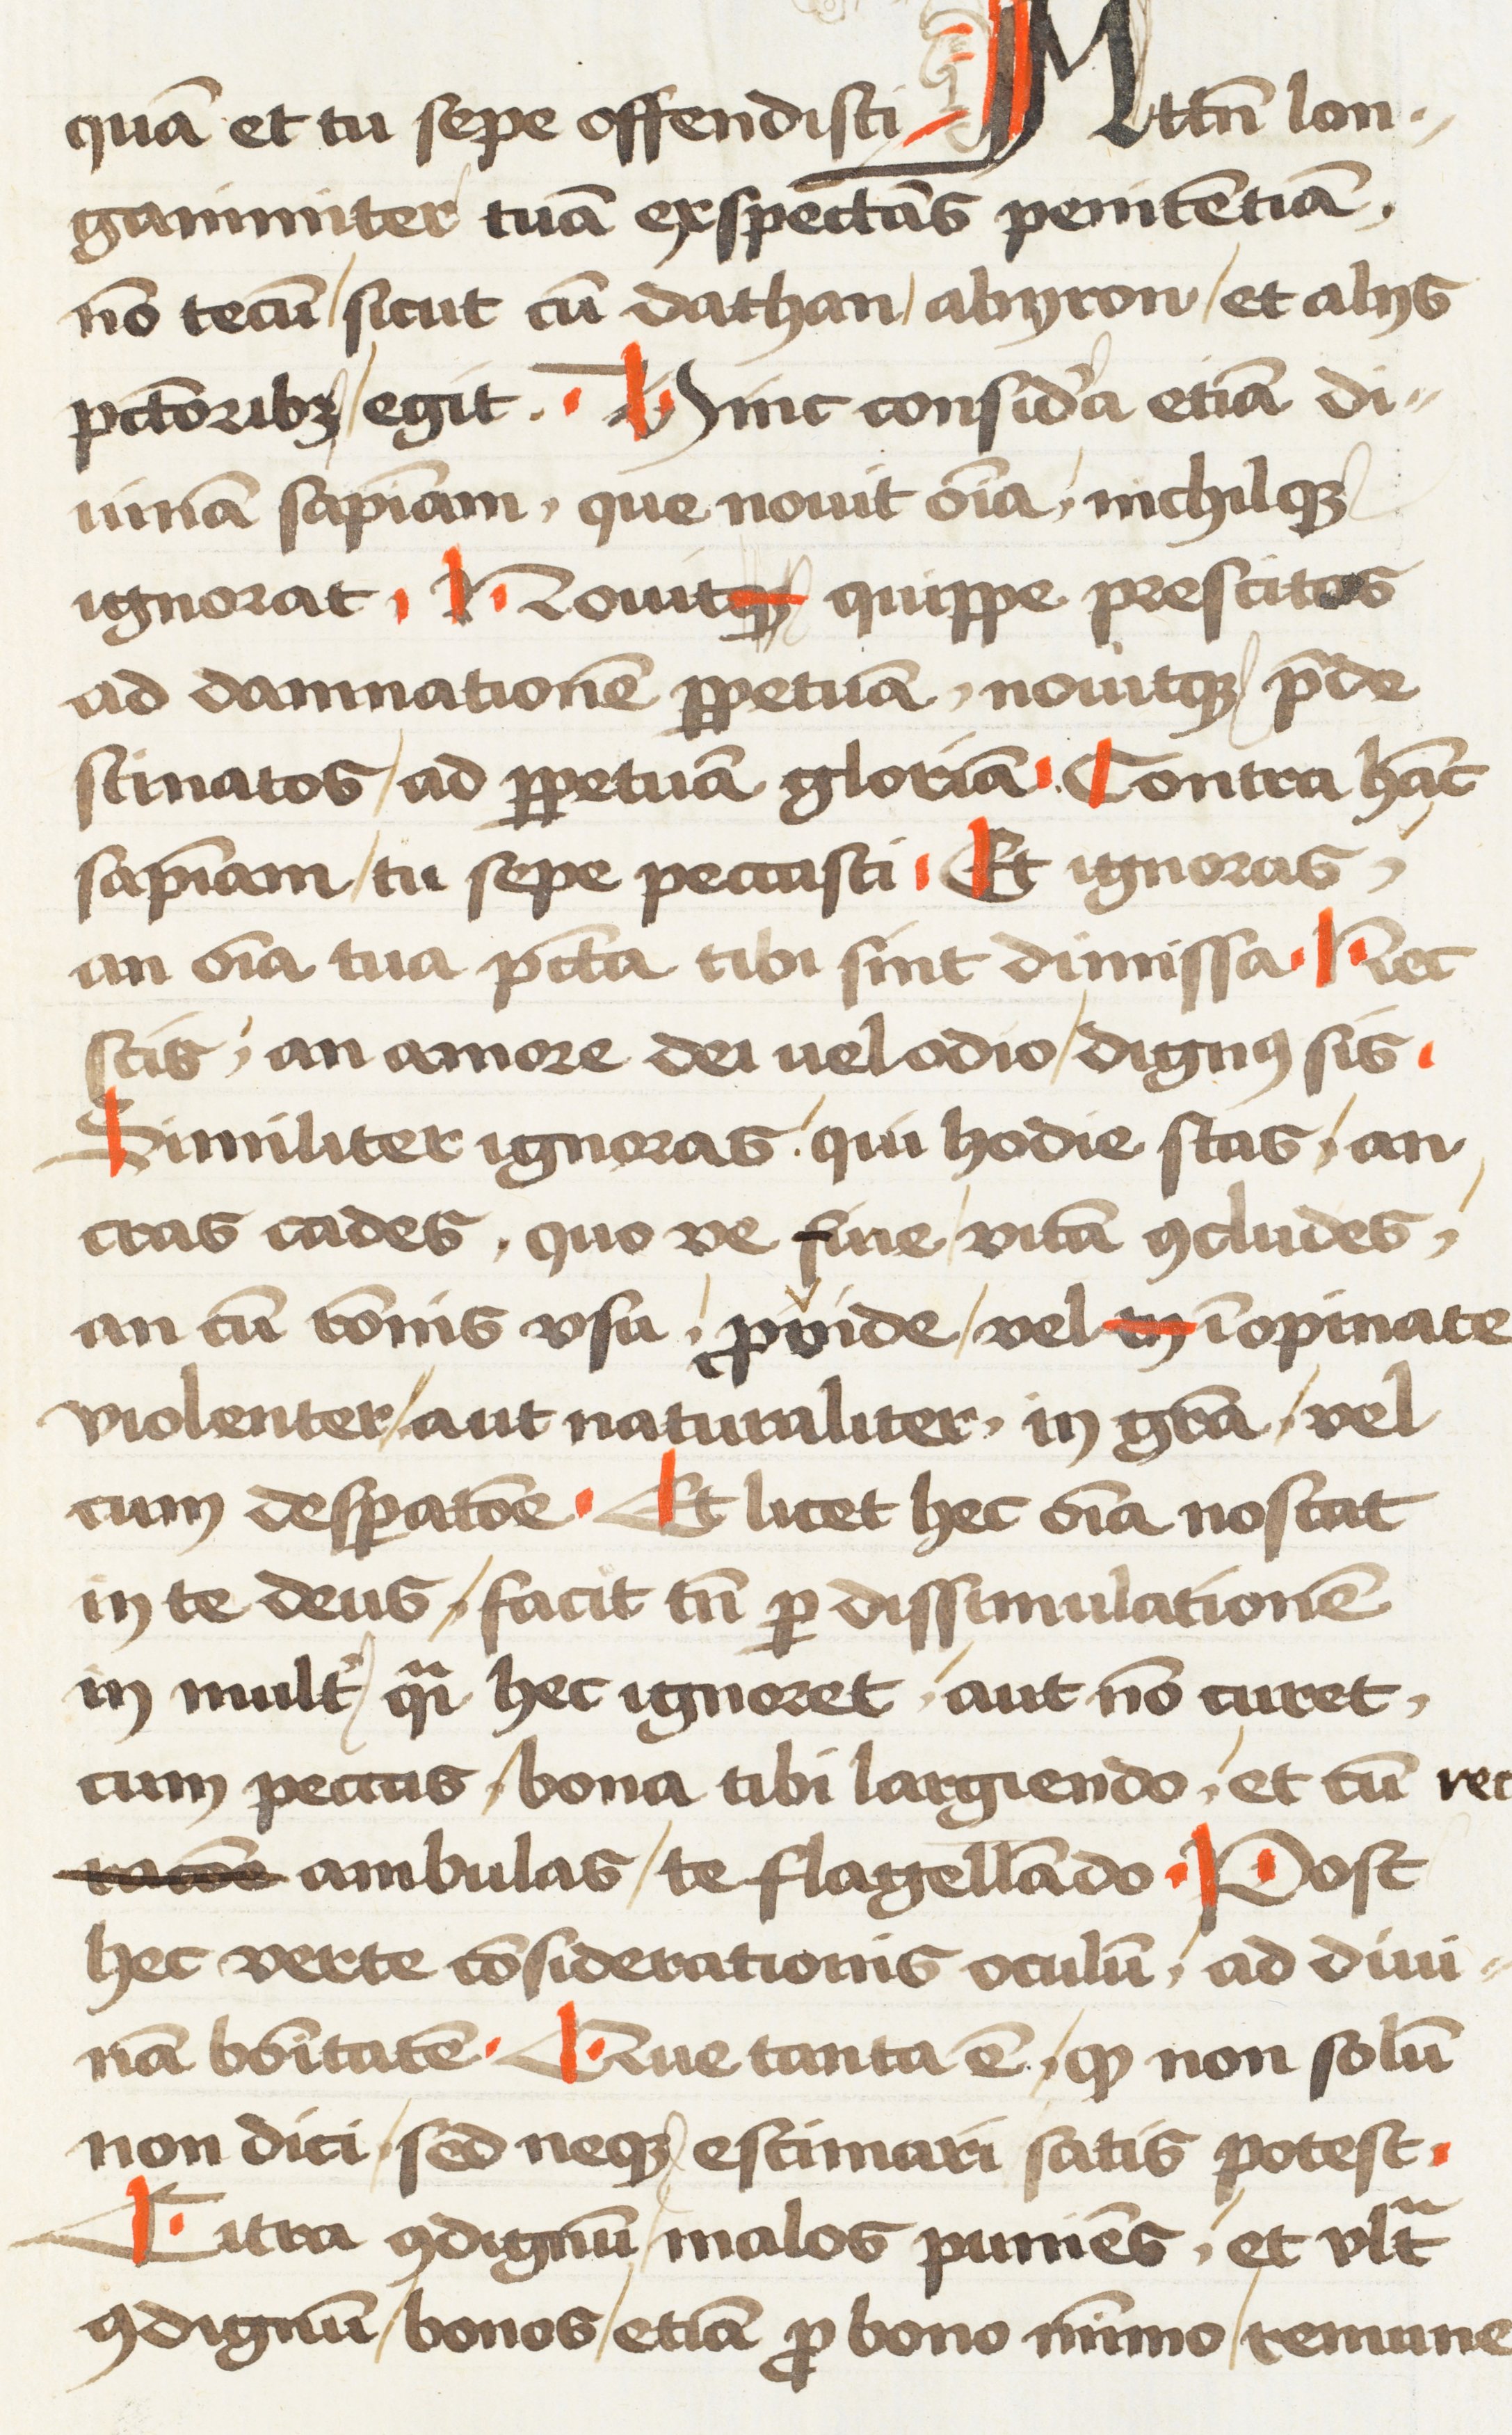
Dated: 1472–1472